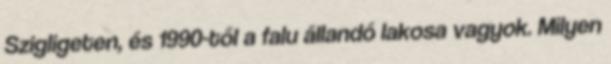
Szigligeten, és 1990-től a falu állandó lakosa vagyok. Milyen